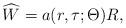
LaTeX: \begin{align*}\widehat{W}=a(r, \tau; \Theta)R,\end{align*}